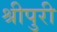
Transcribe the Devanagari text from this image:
श्रीपुरी